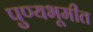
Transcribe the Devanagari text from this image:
पुण्यभूमीत